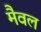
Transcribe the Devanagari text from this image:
मैवल